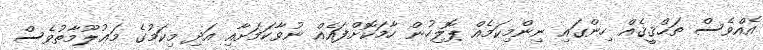
އެއްވެސް ތަޙްޤީޤެއް ހިންގައި ނިންމިކަމެއް ޕޮލިހުން ހާމަކޮށްފައެއް ނުވާކަމަށާއި އަދި މިކަމުގެ މަޢުލޫމާތުވެސް